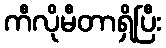
ကီလိုမီတာရှိပြီး